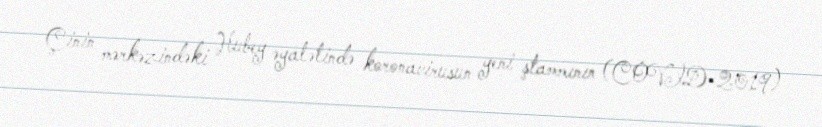
Çinin mərkəzindəki Hubey əyalətində koronavirusun yeni ştammının (COVID-2019)